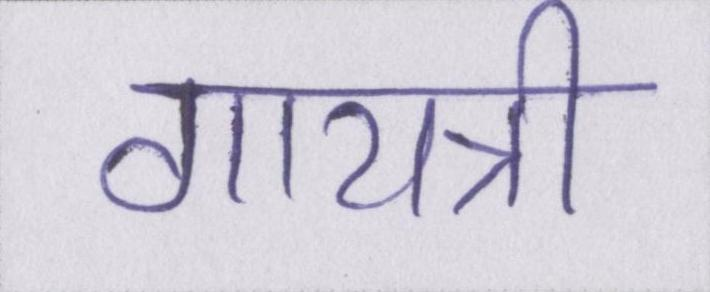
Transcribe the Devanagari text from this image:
गायत्री